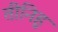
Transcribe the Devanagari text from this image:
तीनिहु